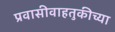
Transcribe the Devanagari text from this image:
प्रवासीवाहतुकीच्या